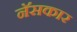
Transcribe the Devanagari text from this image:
नॅसकार